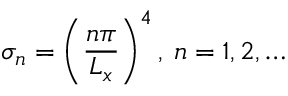
\sigma _ { n } = \left( \frac { n \pi } { L _ { x } } \right) ^ { 4 } , \: n = 1 , 2 , \ldots